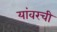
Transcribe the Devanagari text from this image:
यांवरची